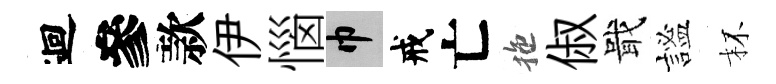
迴參款伊惱巾戒亡拖俶戢謐杯